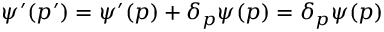
\psi ^ { \prime } ( p ^ { \prime } ) = \psi ^ { \prime } ( p ) + \delta _ { p } \psi ( p ) = \delta _ { p } \psi ( p )